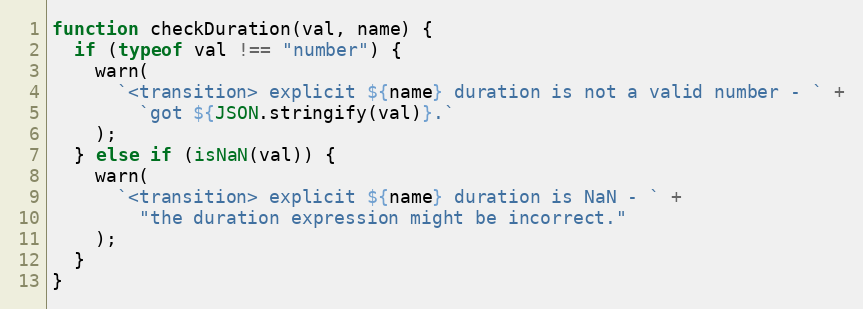
Language: JavaScript
function checkDuration(val, name) {
  if (typeof val !== "number") {
    warn(
      `<transition> explicit ${name} duration is not a valid number - ` +
        `got ${JSON.stringify(val)}.`
    );
  } else if (isNaN(val)) {
    warn(
      `<transition> explicit ${name} duration is NaN - ` +
        "the duration expression might be incorrect."
    );
  }
}